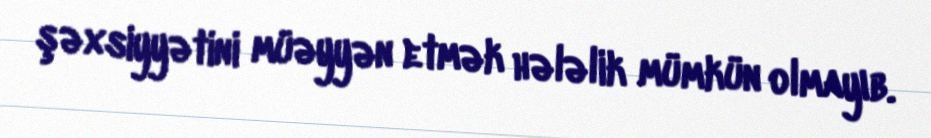
şəxsiyyətini müəyyən etmək hələlik mümkün olmayıb.